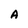
Character: A